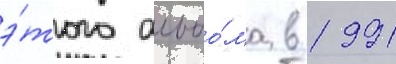
э́того альбо́ма в 1991